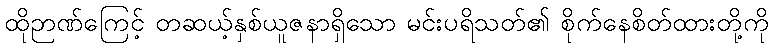
ထိုဉာဏ်ကြေင့် တဆယ့်နှစ်ယူဇနာရှိသော မင်းပရိသတ်၏ စိုက်နေစိတ်ထားတို့ကို